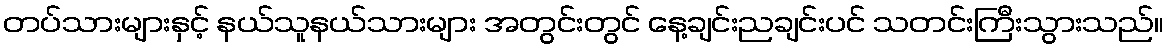
တပ်သားများနှင့် နယ်သူနယ်သားများ အတွင်းတွင် နေ့ချင်းညချင်းပင် သတင်းကြီးသွားသည်။